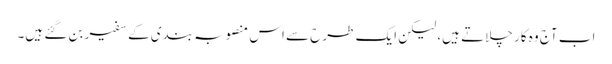
اب آج وہ کار چلاتے ہیں، لیکن ایک طرح سے اس منصوبہ بندی کے سفیر بن گئے ہیں۔